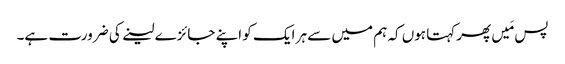
پس مَیں پھرکہتا ہوں کہ ہم میں سے ہر ایک کو اپنے جائزے لینے کی ضرورت ہے۔